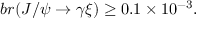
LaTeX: b r ( J / \psi \rightarrow \gamma \xi ) \geq 0 . 1 \times 1 0 ^ { - 3 } .